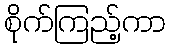
စိုက်ကြည့်ကာ